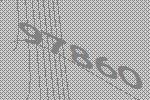
97860